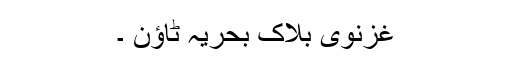
غزنوی بلاک بحریہ ٹاؤن ۔